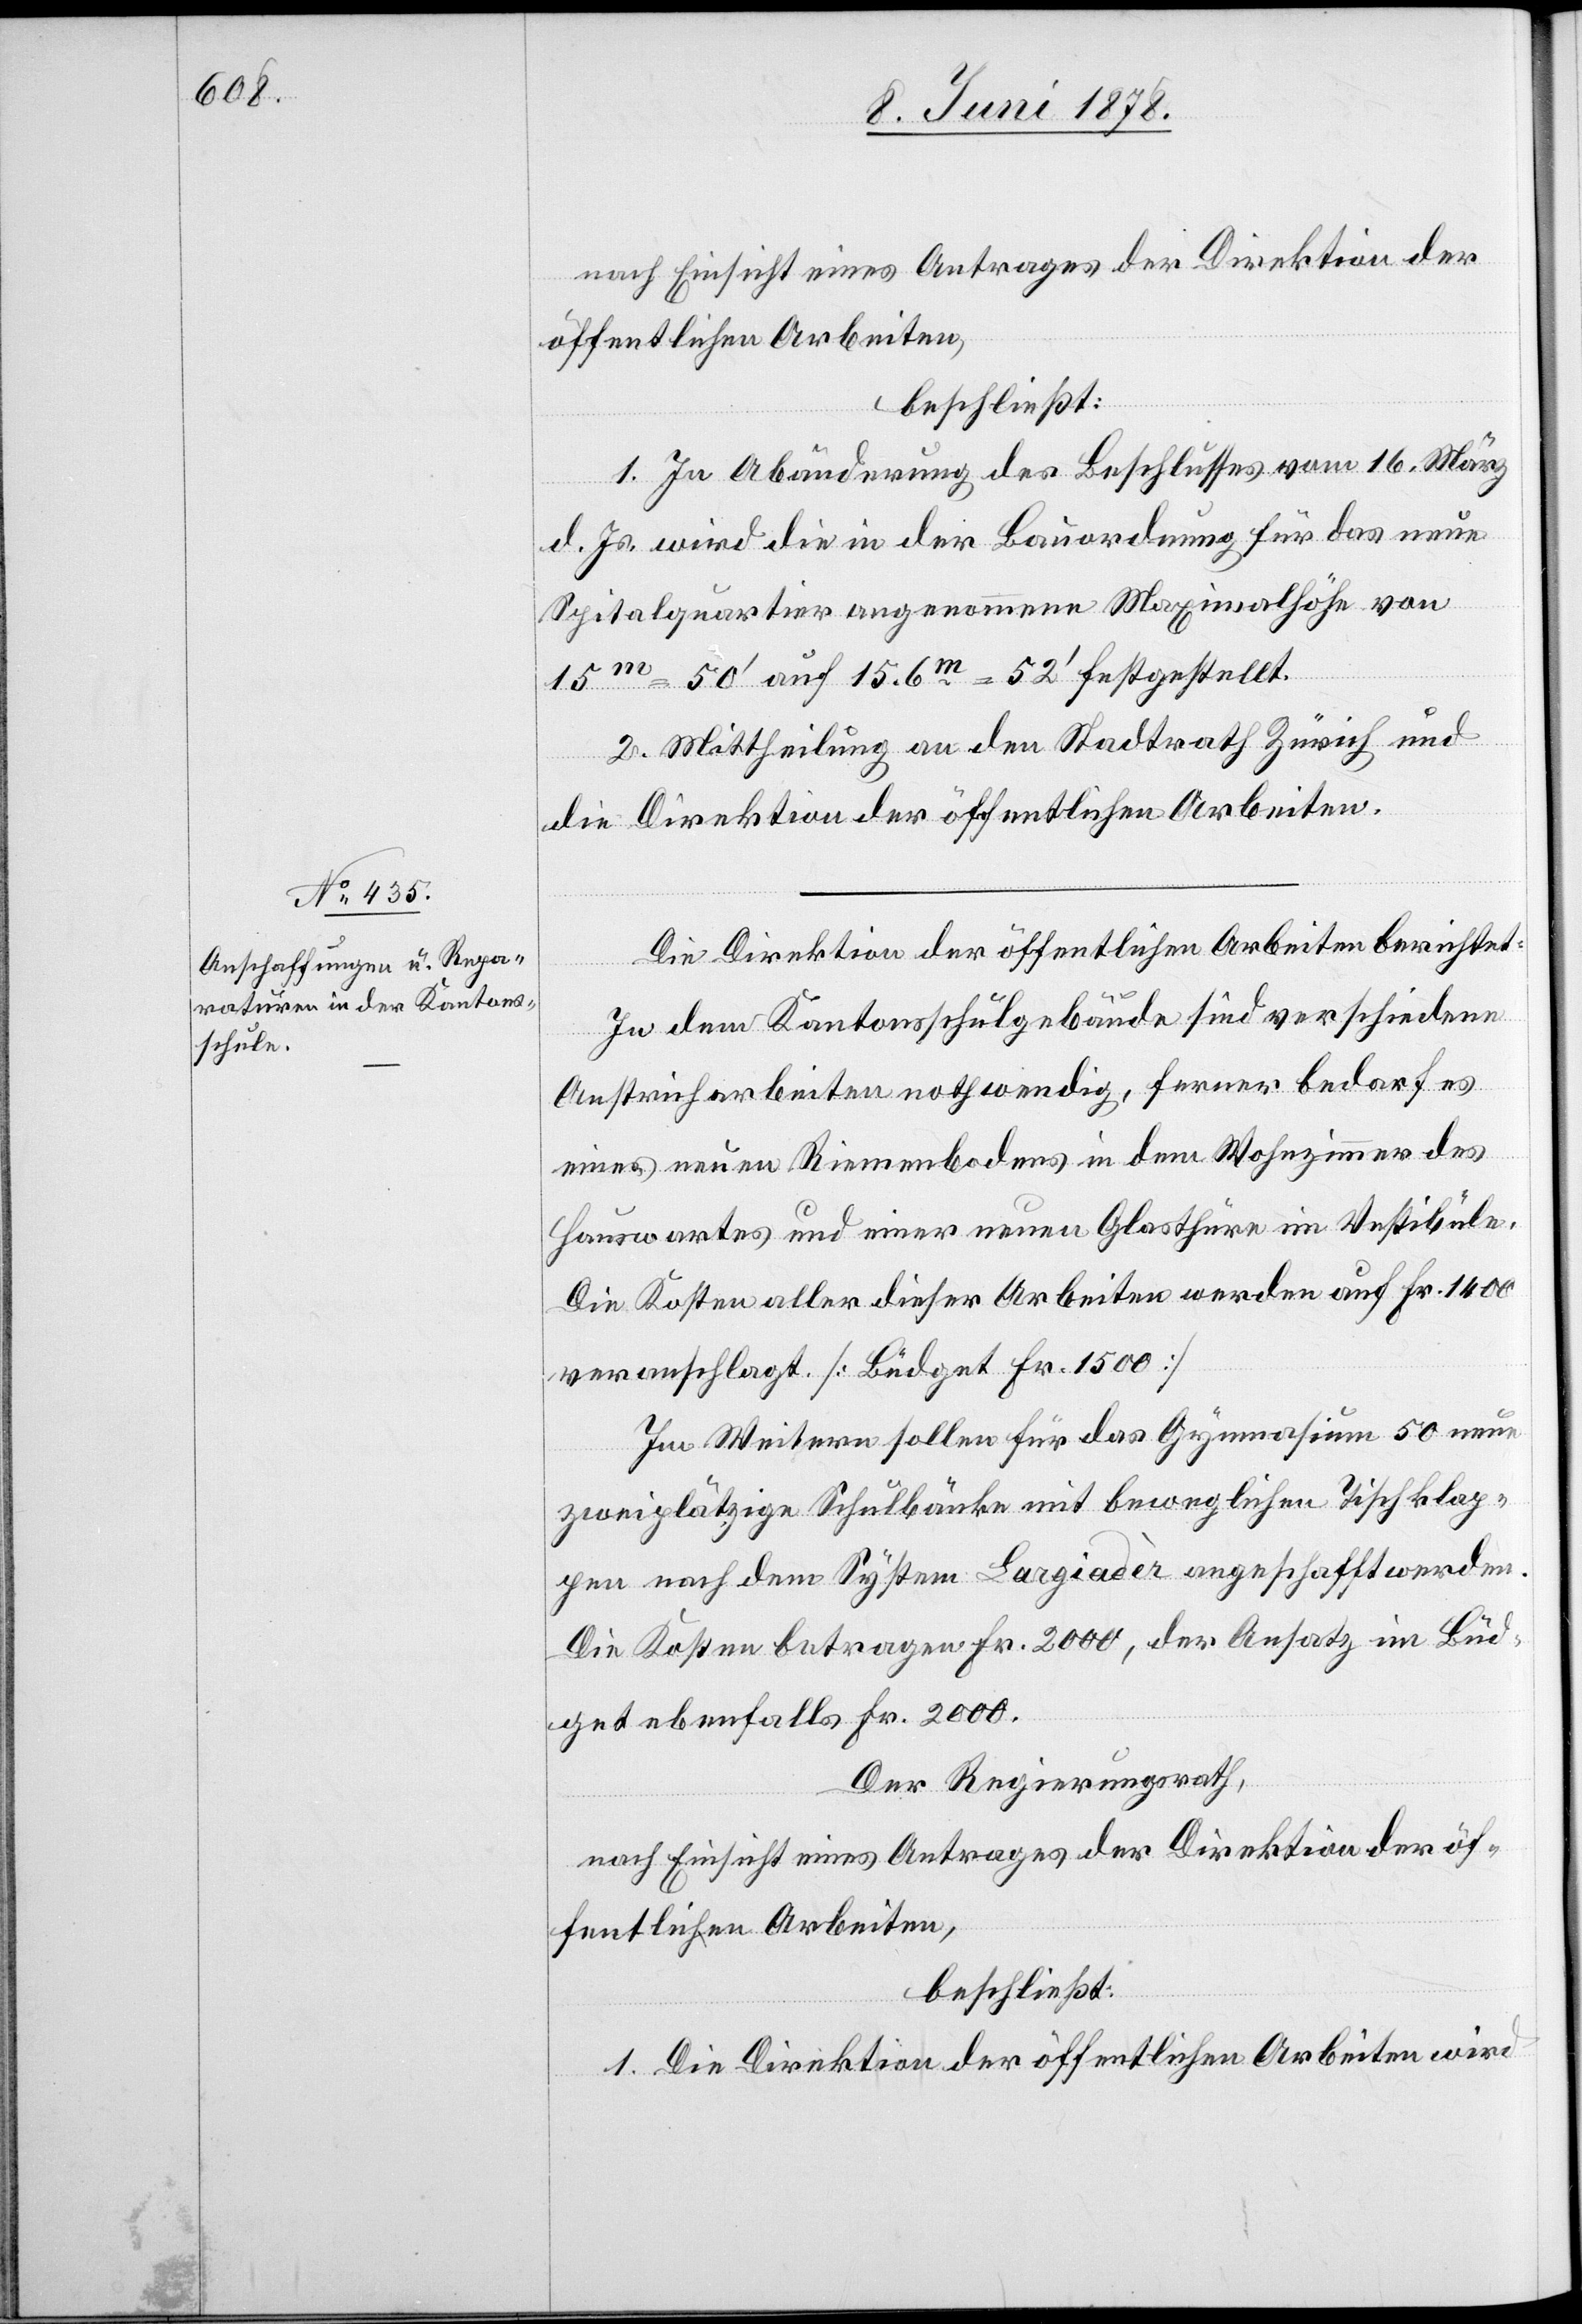
nach Einsicht eines Antrages der Direktion der
öffentlichen Arbeiten,
beschließt:
1. In Abänderung des Beschlusses vom 16. März
d. Js. wird die in der Bauordnung für das neue
Spitalquartier angenommene Maximalhöhe von
15m = 50’ auf 15.6m = 52’ festgestellt.
2. Mittheilung an den Stadtrath Zürich und
die Direktion der öffentlichen Arbeiten.
Die Direktion der öffentlichen Arbeiten berichtet:
In dem Kantonsschulgebäude sind verschiedene
Anstricharbeiten nothwendig, ferner bedarf es
eines neuen Riemenbodens in dem Wohnzimmer des
Hauswartes und einer neuen Glasthüre im Vestibüle.
Die Kosten aller dieser Arbeiten werden auf Fr. 1400
veranschlagt. [Büdget Fr. 1500]
Im Weitern sollen für das Gymnasium 50 neue
zweiplätzige Schulbänke mit beweglichen Tischklap¬
pen nach dem System Largiadèr angeschafft werden.
Die Kosten betragen Fr. 2000, der Ansatz im Büd¬
get ebenfalls Fr. 2000.
Der Regierungsrath,
nach Einsicht eines Antrages der Direktion der öf¬
fentlichen Arbeiten,
beschließt:
1. Die Direktion der öffentlichen Arbeiten wird